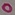
Text: 0